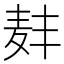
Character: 𫜑